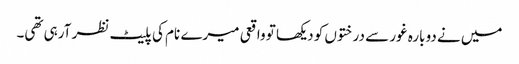
میں نے دوبارہ غور سے درختوں کو دیکھا تو واقعی میرے نام کی پلیٹ نظر آرہی تھی۔